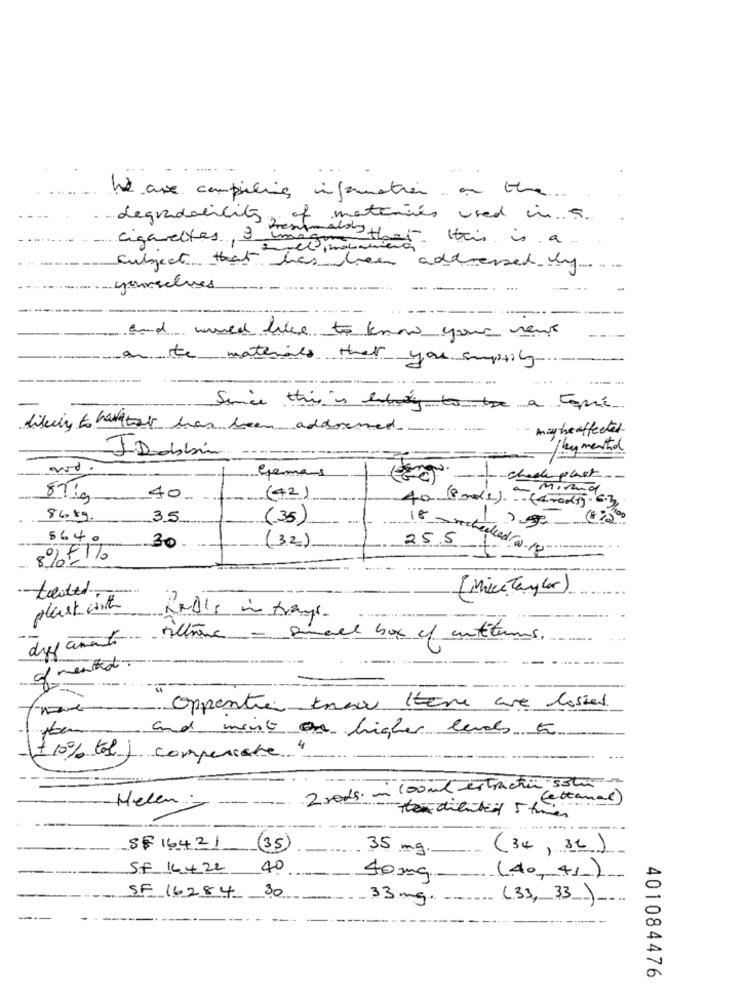
he are compiling information. on the
degradability of materials used in a.
Cigarettes, 9 imagen
aby that this is a
subject that has been addressed by
yourselves
---. ...
-----
and would like to know your ment
on the materials that you suptily
--
Since this is lilly to the a tque
likely to hattar has been addressed
- maybeaffected
/by mentol
Germans
mind
40.
(42)
40 (8 mds) -(red). 6.3
8689.
35
(35)
5640
30
(32)
25.5 1
18 _- rechecked(w-18
8%5/10
-touted
( Mike Taylor)
plant with
Radis in trans
dypamonth- Altona -
small box of antiturns
of mented
oppenti know there are losies
and mint on higher levels a
compensate 4
$ 10% tol
2 rods. n 100ml extractin 53th
(estamal)
Helen
Her diente 5 times
----
_SF 164.21
(35)
35 mg.
(34, 32)
SF 14.4.22
40
40mg
(40, 41)
SF 16284 30
33 mg.
(33, 33).
-
401084476